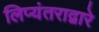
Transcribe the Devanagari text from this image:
लिप्यंतराद्वारे